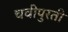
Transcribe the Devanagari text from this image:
चवीपुरती